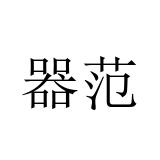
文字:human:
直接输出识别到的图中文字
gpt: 器范